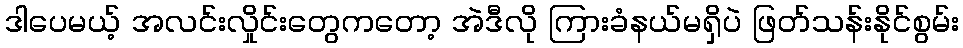
ဒါပေမယ့် အလင်းလှိုင်းတွေကတော့ အဲဒီလို ကြားခံနယ်မရှိပဲ ဖြတ်သန်းနိုင်စွမ်း